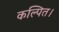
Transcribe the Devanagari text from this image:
कल्पित।